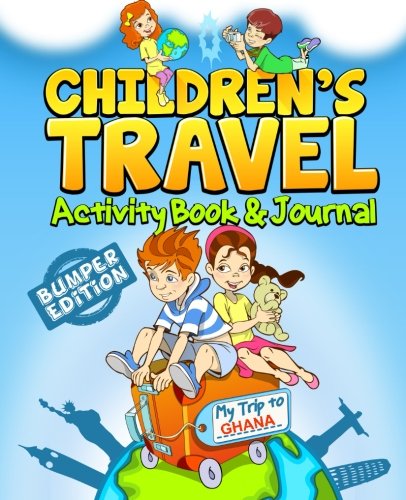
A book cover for Children's Travel Activity Book & Journal: My Trip to Ghana; TravelJournalBooks; Travel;